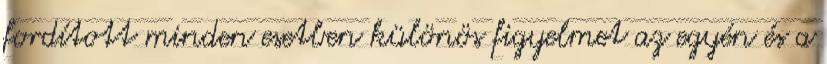
fordított minden esetben különös figyelmet az egyén és a